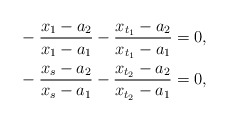
\begin{align*}&-\frac{x_1-a_2}{x_1-a_1}-\frac{x_{t_1}-a_2}{x_{t_1}-a_1}=0,\\&-\frac{x_s-a_2}{x_s-a_1}-\frac{x_{t_2}-a_2}{x_{t_2}-a_1}=0,\end{align*}